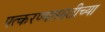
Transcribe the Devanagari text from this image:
पत्करण्यासाठीच्या